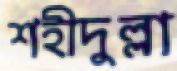
শহীদুল্লা